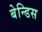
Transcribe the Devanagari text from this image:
बेन्डिस